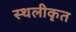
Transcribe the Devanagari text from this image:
स्थलीकृत